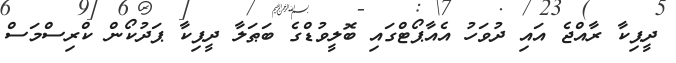
ދީޕިކާ ރާއްޖެ އައި ދުވަހު އެއާޕޯޓްގައި ބޮލީވުޑްގެ ބަޠަލާ ދީޕިކާ ޕަދުކޯން ކްރިސްމަސް